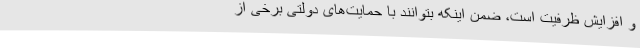
و افزایش ظرفیت است، ضمن اینکه بتوانند با حمایت‌های دولتی برخی از